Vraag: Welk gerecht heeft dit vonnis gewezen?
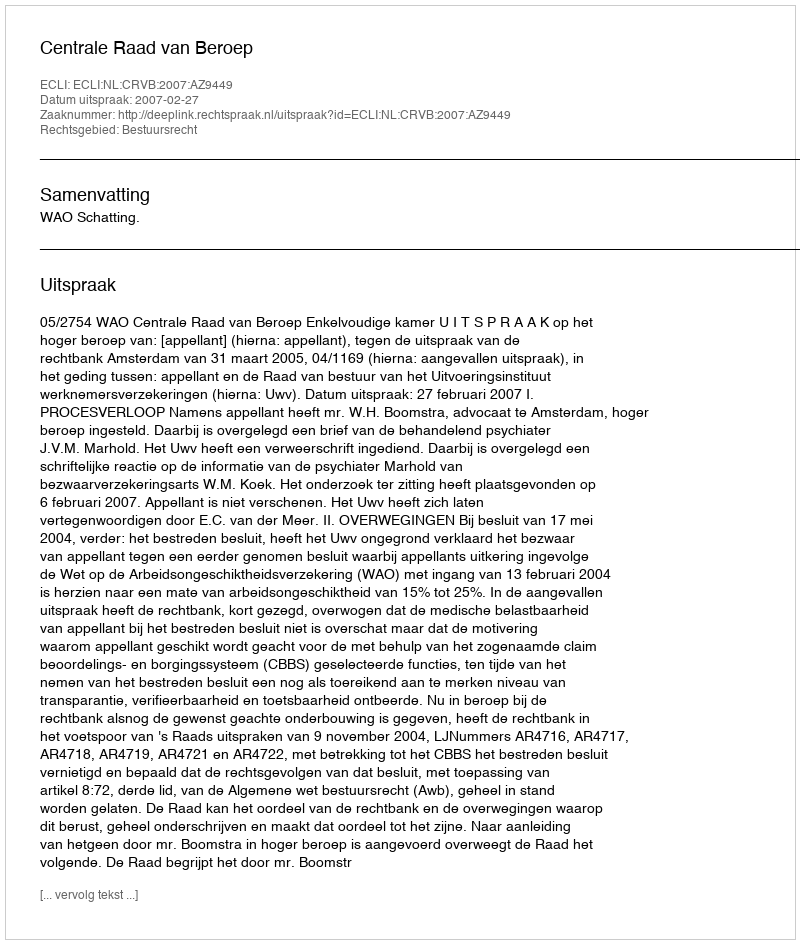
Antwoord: Centrale Raad van Beroep